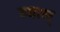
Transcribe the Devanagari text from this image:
ब्यास्